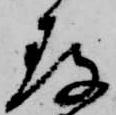
存